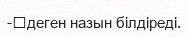
-	деген назын білдіреді.